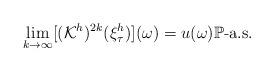
LaTeX: \begin{align*}\lim_{k\rightarrow\infty}[(\mathcal{K}^h)^{2k}(\xi_\tau^h)](\omega)=u(\omega)\mathbb{P}\mbox{-a.s.}\end{align*}